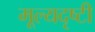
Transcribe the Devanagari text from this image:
मूल्यदृष्टी